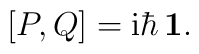
[P, Q]= {\rm i}\hbar\,{\bf 1}.